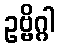
ဥဗ္ဗိဂ္ဂါ